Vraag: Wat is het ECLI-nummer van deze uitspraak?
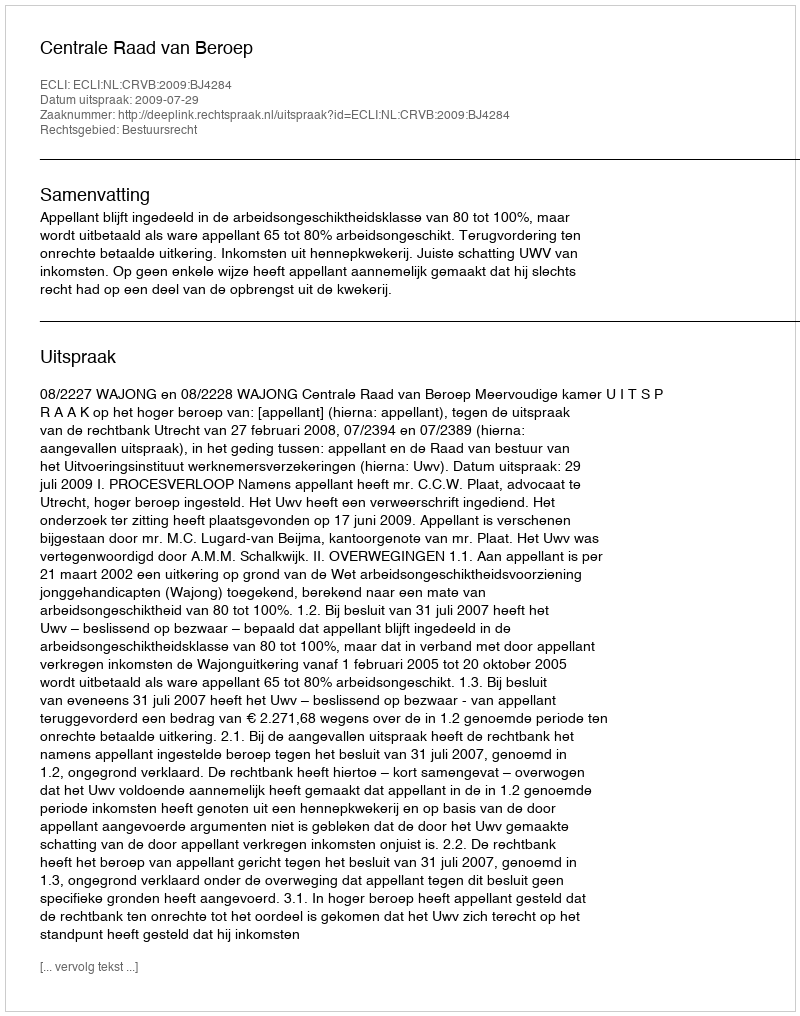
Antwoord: ECLI:NL:CRVB:2009:BJ4284